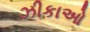
ઝીકાઓ